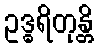
ဥဒ္ဓရိတုန္တိ